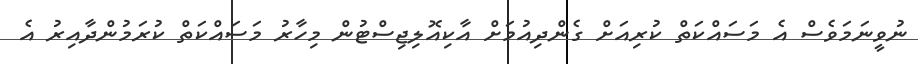
ނުވީނަމަވެސް އެ މަސައްކަތް ކުރިއަށް ގެންދިއުމަށް އާކިއޮލިޖިސްޓުން މިހާރު މަސައްކަތް ކުރަމުންދާއިރު އެ